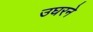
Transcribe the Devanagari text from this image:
उघरने